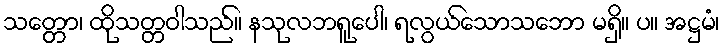
သတ္တော၊ ထိုသတ္တဝါသည်။ နသုလဘရူပေါ၊ ရလွယ်သောသဘော မရှိ။ ပ။ အဋ္ဌမံ၊